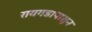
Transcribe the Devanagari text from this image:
रायगडापासून